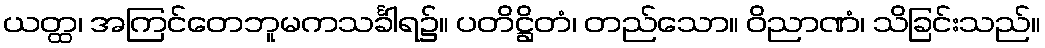
ယတ္ထ၊ အကြင်တေဘူမကသင်္ခါရ၌။ ပတိဋ္ဌိတံ၊ တည်သော။ ဝိညာဏံ၊ သိခြင်းသည်။